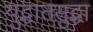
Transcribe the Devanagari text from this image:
युद्धातसुद्धा